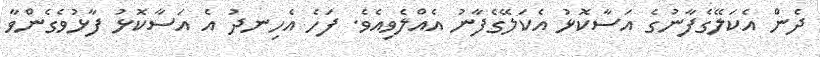
ދެން އެކަލޭގެފާނުގެ އަސާކޮޅު އެކަލޭގެފާނު އެއްލެވިއެވެ. ފަހެ އެހިނދު އެ އަސާކޮޅު ފާޅުވެގެންވާ